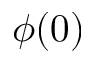
\phi ( 0 )